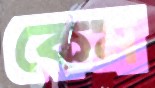
কেম